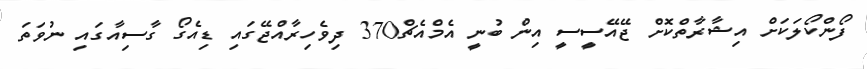
ފޯންކޯލަކަށް އިޝާރާތްކޮށް ޖޭއޭސީސީ އިން ބުނީ އެމްއެޗް370 ދިވެހިރާއްޖޭގައި ޑިއެގޯ ގާސިއާގައި ނުވަތަ